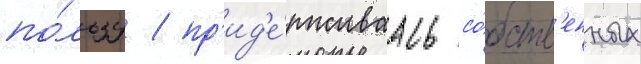
по́льзу / пр'ид'е́рживаась со́бств'енных